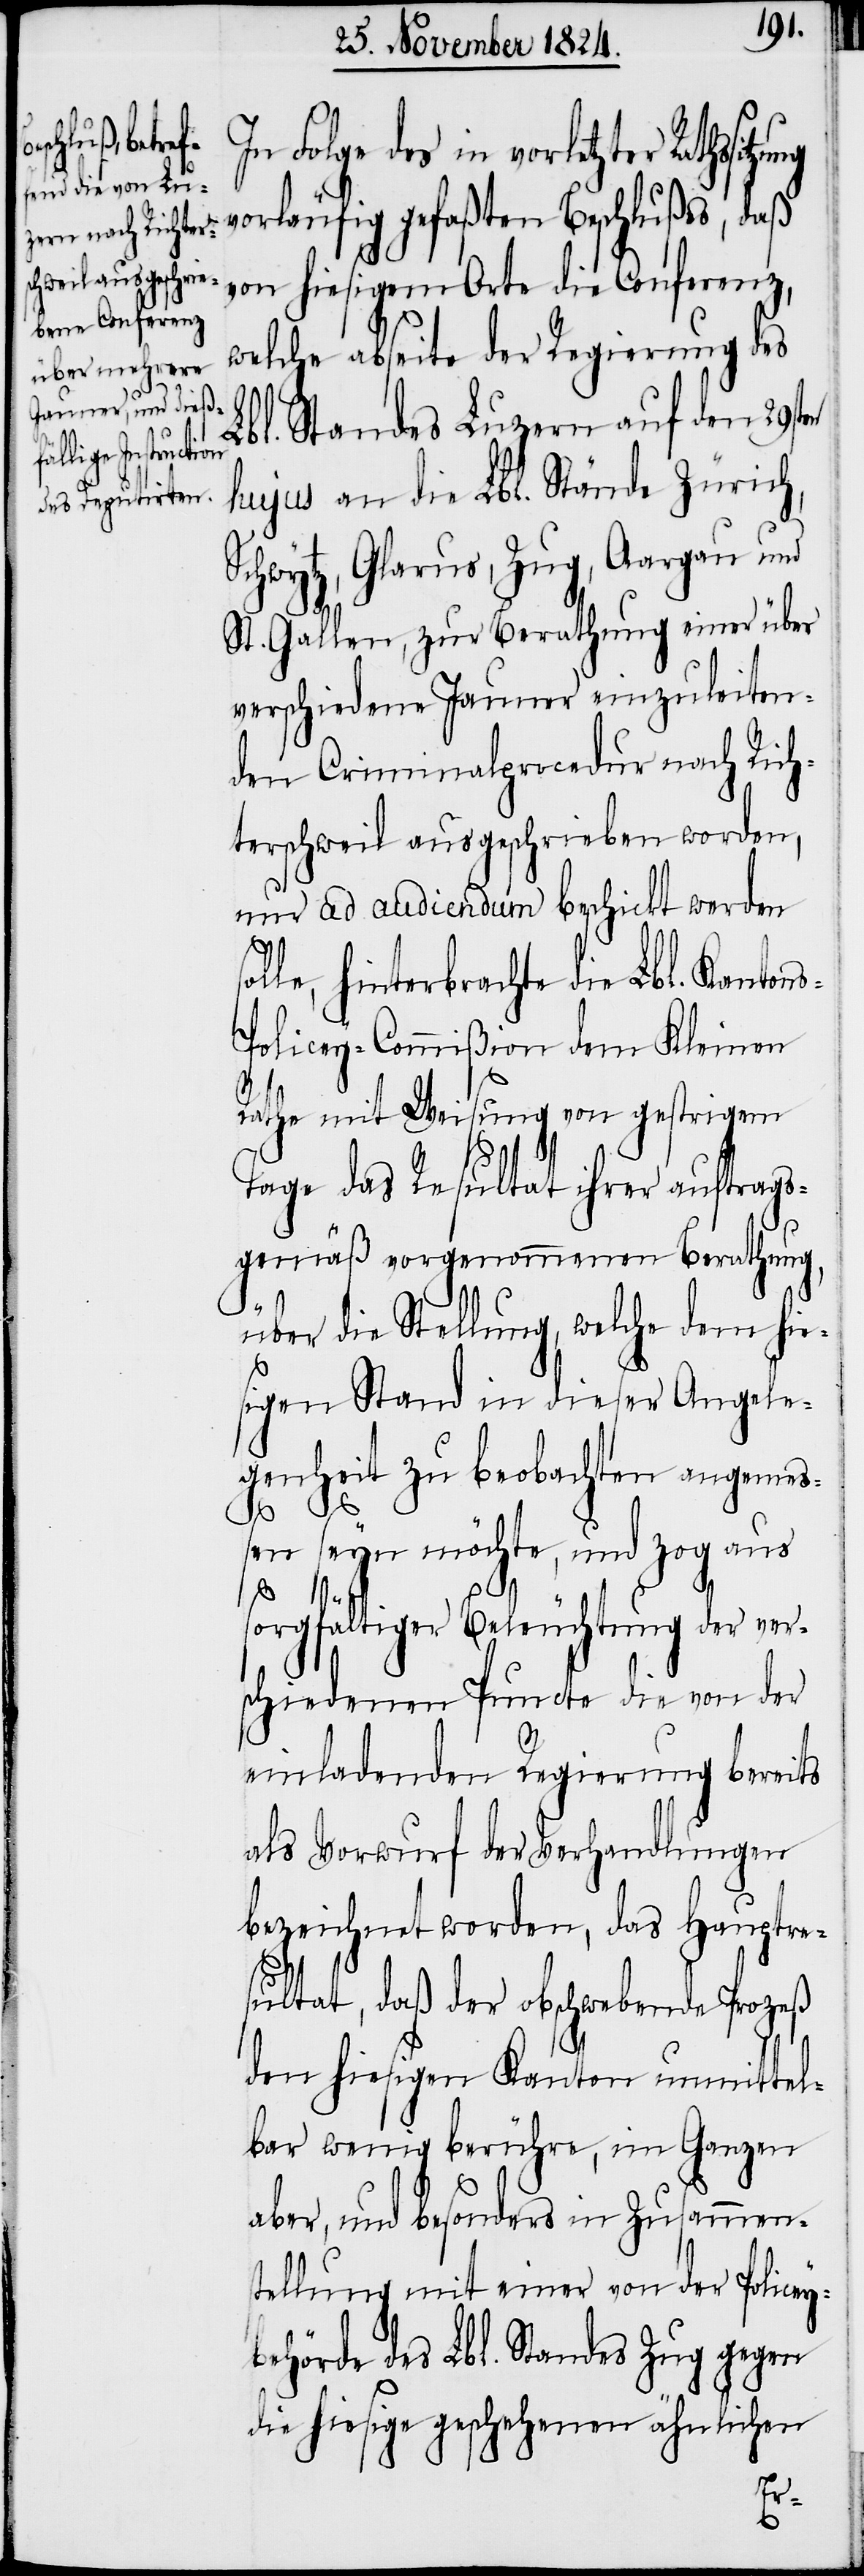
In Folge des in vorletzter
vorläufig gefaßten Beschlußes, daß
von hiesigem Orte die Conferenz,
welche abseite der Regierung des
Lbl. Standes Luzern auf den 29sten
hujus an die Lbl. Stände Zürich,
Schwytz, Glarus, Zug, Aargau und
St. Gallen, zur Berathung einer über
verschiedene Jauner einzuleiten¬
den Criminalprocedur nach Rich¬
terschweil ausgeschrieben worden,
nur ad audiendum beschickt werden
le, hinterbrachte die Lbl. Kanton¬
olicey-Commißion dem Kleinen
Rathe mit Weisung von gestrigem
Tage das Resultat ihrer auftrags¬
gemäß vorgenommenen Berathung,
über die Stellung, welche dem hie¬
sigen Stand in dieser Angele¬
genheit zu beobachten angemeß¬
en seyn möchte, und zog aus
sorgfältiger Beleuchtung der ver¬
schiedenen Puncte die von der
einladenden Regierung bereits
als Vorwurf der Verhandlungen
bezeichnet worden, das Hauptre¬
sultat, daß der obschwebende Prozeß
den hiesigen Kanton unmittel¬
bar wenig berühre, im Ganzen
aber, und besonders in Zusammens¬
tellung mit einer von der Policey¬
behörde des Lbl. Standes Zug gegen
die hiesige geschehenen ähnlichen
s-P¬